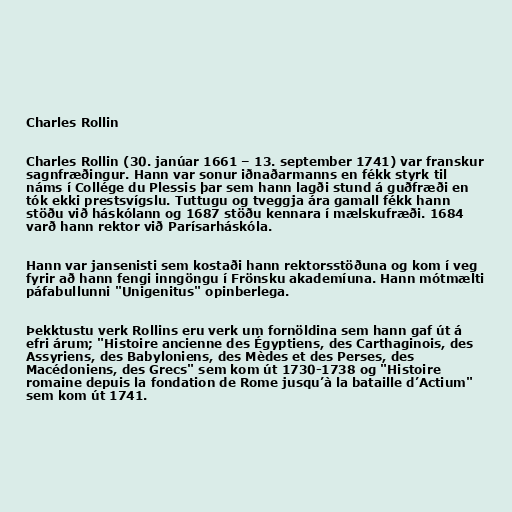
Charles Rollin

Charles Rollin (30. janúar 1661 – 13. september 1741) var franskur
sagnfræðingur. Hann var sonur iðnaðarmanns en fékk styrk til
náms í Collége du Plessis þar sem hann lagði stund á guðfræði en
tók ekki prestsvígslu. Tuttugu og tveggja ára gamall fékk hann
stöðu við háskólann og 1687 stöðu kennara í mælskufræði. 1684
varð hann rektor við Parísarháskóla.

Hann var jansenisti sem kostaði hann rektorsstöðuna og kom í veg
fyrir að hann fengi inngöngu í Frönsku akademíuna. Hann mótmælti
páfabullunni "Unigenitus" opinberlega.

Þekktustu verk Rollins eru verk um fornöldina sem hann gaf út á
efri árum; "Histoire ancienne des Égyptiens, des Carthaginois, des
Assyriens, des Babyloniens, des Mèdes et des Perses, des
Macédoniens, des Grecs" sem kom út 1730-1738 og "Histoire
romaine depuis la fondation de Rome jusqu’à la bataille d’Actium"
sem kom út 1741.